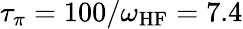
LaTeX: \tau_{\pi}=100/\omega_{\mathrm{HF}}=7.4